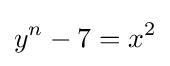
y^{n}-7=x^{2}